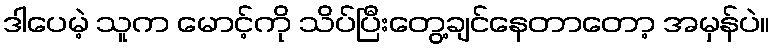
ဒါပေမဲ့ သူက မောင့်ကို သိပ်ပြီးတွေ့ချင်နေတာတော့ အမှန်ပဲ။